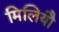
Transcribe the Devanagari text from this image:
मिलियौ